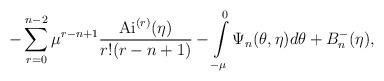
LaTeX: \begin{align*} -\sum\limits_{r=0}^{n-2} \mu^{r-n+1} \frac{\mathrm{Ai}^{(r)}(\eta)}{r!(r-n+1)} - \int\limits_{-\mu}^{0}\Psi_n(\theta,\eta)d\theta +B^-_n(\eta), \end{align*}